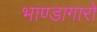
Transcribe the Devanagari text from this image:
भाण्डागारों